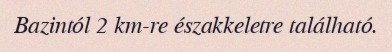
Bazintól 2 km-re északkeletre található.